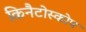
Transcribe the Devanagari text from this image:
किनैटोस्कोप